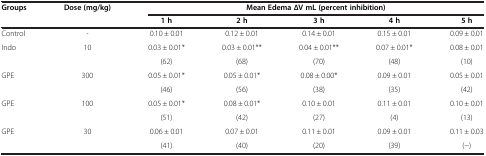
<table><thead><tr><td rowspan="2"><b>Groups</b></td><td rowspan="2"><b>Dose (mg/kg)</b></td><td colspan="5"><b>Mean Edema ∆V mL (percent inhibition)</b></td></tr><tr><td><b>1 h</b></td><td><b>2 h</b></td><td><b>3 h</b></td><td><b>4 h</b></td><td><b>5 h</b></td></tr></thead><tbody><tr><td>Control</td><td>-</td><td>0.10 ± 0.01</td><td>0.12 ± 0.01</td><td>0.14 ± 0.01</td><td>0.15 ± 0.01</td><td>0.09 ± 0.01</td></tr><tr><td rowspan="2">Indo</td><td rowspan="2">10</td><td>0.03 ± 0.01*</td><td>0.03 ± 0.01**</td><td>0.04 ± 0.01**</td><td>0.07 ± 0.01*</td><td>0.08 ± 0.01</td></tr><tr><td>(62)</td><td>(68)</td><td>(70)</td><td>(48)</td><td>(10)</td></tr><tr><td rowspan="2">GPE</td><td rowspan="2">300</td><td>0.05 ± 0.01*</td><td>0.05 ± 0.01*</td><td>0.08 ± 0.00*</td><td>0.09 ± 0.01</td><td>0.05 ± 0.01</td></tr><tr><td>(46)</td><td>(56)</td><td>(38)</td><td>(35)</td><td>(42)</td></tr><tr><td rowspan="2">GPE</td><td rowspan="2">100</td><td>0.05 ± 0.01*</td><td>0.08 ± 0.01*</td><td>0.10 ± 0.01</td><td>0.11 ± 0.01</td><td>0.10 ± 0.01</td></tr><tr><td>(51)</td><td>(42)</td><td>(27)</td><td>(4)</td><td>(13)</td></tr><tr><td rowspan="2">GPE</td><td rowspan="2">30</td><td>0.06 ± 0.01</td><td>0.07 ± 0.01</td><td>0.11 ± 0.01</td><td>0.09 ± 0.01</td><td>0.11 ± 0.03</td></tr><tr><td>(41)</td><td>(40)</td><td>(20)</td><td>(39)</td><td>(-)</td></tr></tbody></table>